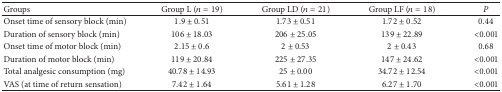
| Groups | Group L (n = 19) | Group LD (n = 21) | Group LF (n = 18) | P |
 | --- | --- | --- | --- | --- |
 | Onset time of sensory block (min) | 1.9 ± 0.51 | 1.73 ± 0.51 | 1.72 ± 0.52 | 0.44 |
 | Duration of sensory block (min) | 106 ± 18.03 | 206 ± 25.05 | 139 ± 22.89 | <0.001 |
 | Onset time of motor block (min) | 2.15 ± 0.6 | 2 ± 0.53 | 2 ± 0.43 | 0.68 |
 | Duration of motor block (min) | 119 ± 20.84 | 225 ± 27.35 | 147 ± 24.62 | <0.001 |
 | Total analgesic consumption (mg) | 40.78 ± 14.93 | 25 ± 0.00 | 34.72 ± 12.54 | <0.001 |
 | VAS (at time of return sensation) | 7.42 ± 1.64 | 5.61 ± 1.28 | 6.27 ± 1.70 | <0.001 |